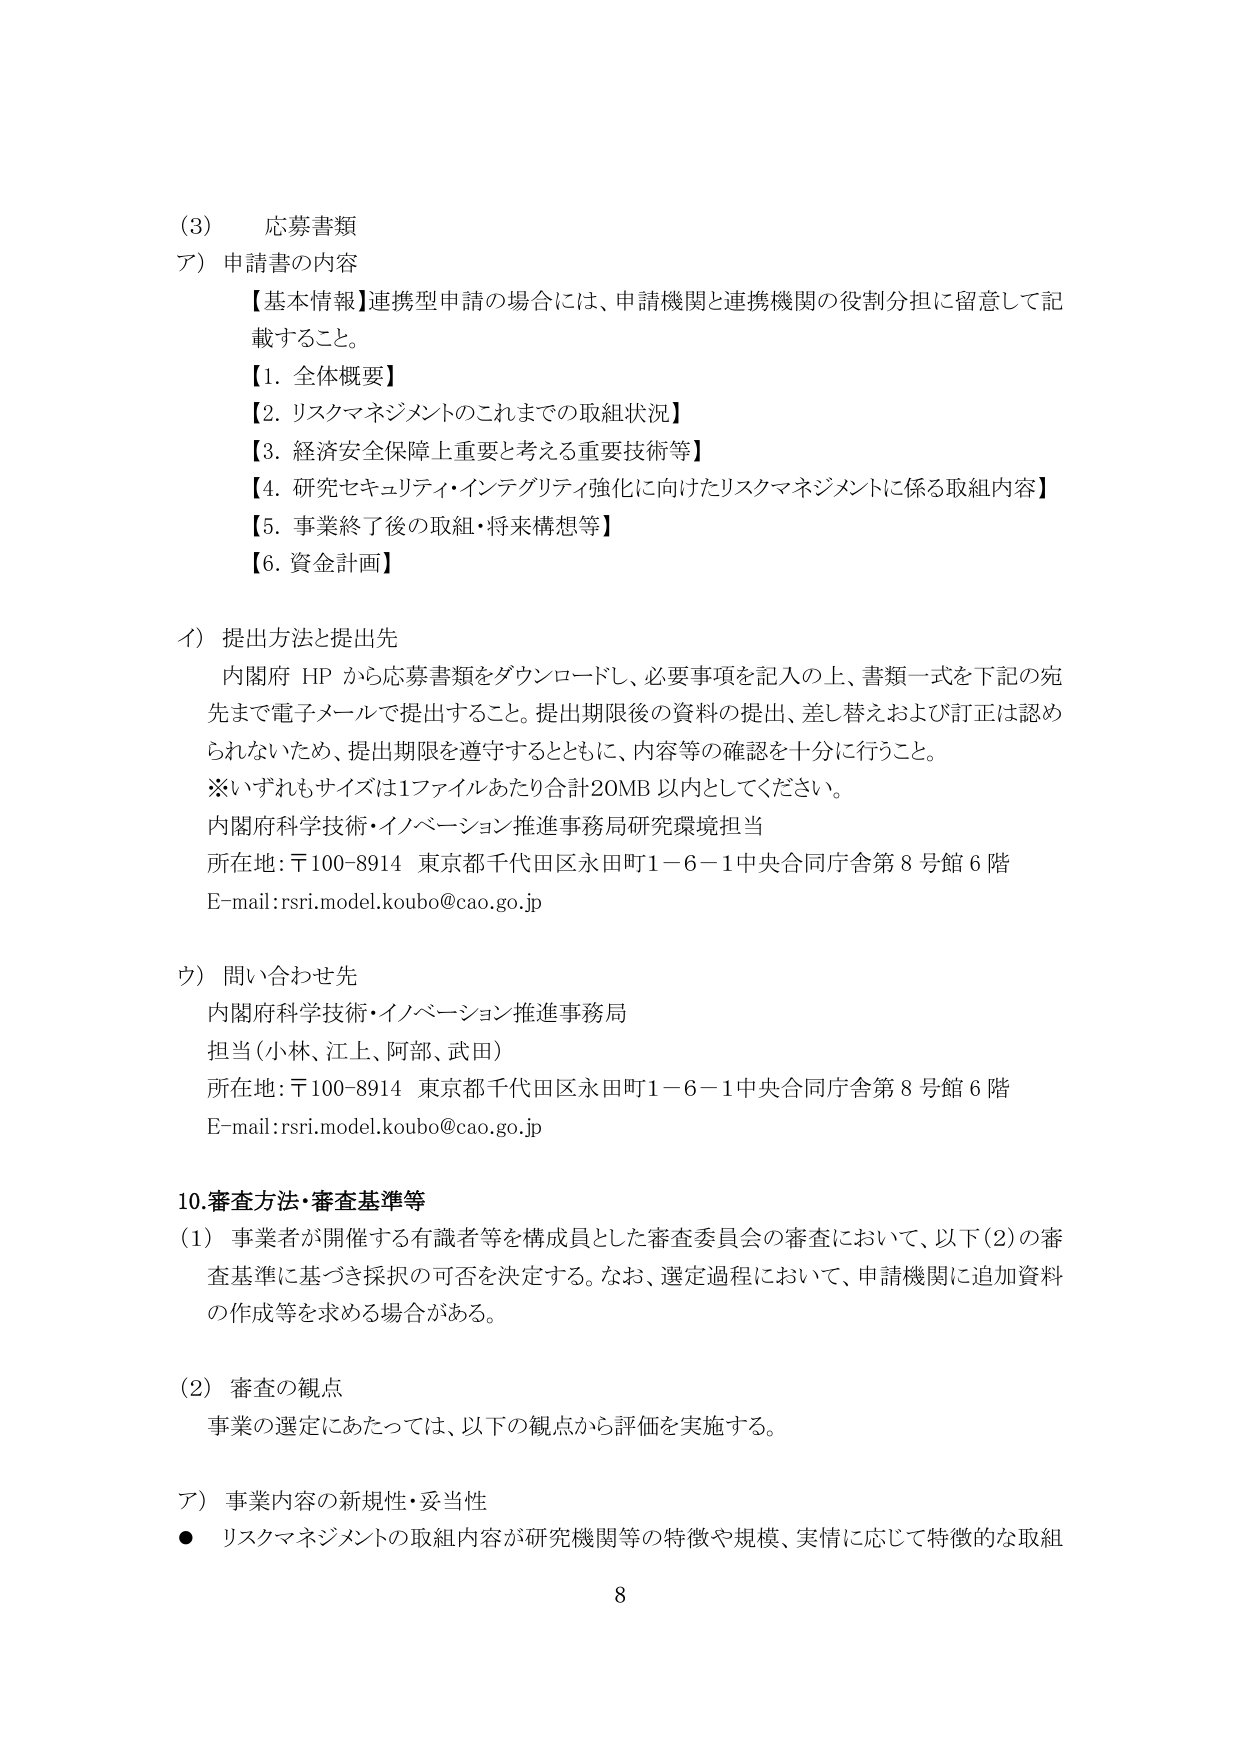
(3) 応募書類
ア) 申請書の内容
【基本情報】連携型申請の場合には、申請機関と連携機関の役割分担に留意して記載すること。
【1. 全体概要】
【2. リスクマネジメントのこれまでの取組状況】
【3. 経済安全保障上重要と考える重要技術等】
【4. 研究セキュリティ・インテグリティ強化に向けたリスクマネジメントに係る取組内容】
【5. 事業終了後の取組・将来構想等】
【6. 資金計画】

イ) 提出方法と提出先
内閣府 HP から応募書類をダウンロードし、必要事項を記入の上、書類一式を下記の宛先まで電子メールで提出すること。提出期限後の資料の提出、差し替えおよび訂正は認められないため、提出期限を遵守するとともに、内容等の確認を十分に行うこと。
※いずれもサイズは1ファイルあたり合計20MB以内としてください。
内閣府科学技術・イノベーション推進事務局研究環境担当
所在地：〒100-8914 東京都千代田区永田町1－6－1中央合同庁舎第8号館6階
E-mail：rsri.model.koubo@cao.go.jp

ウ) 問い合わせ先
内閣府科学技術・イノベーション推進事務局
担当（小林、江上、阿部、武田）
所在地：〒100-8914 東京都千代田区永田町1－6－1中央合同庁舎第8号館6階
E-mail：rsri.model.koubo@cao.go.jp

10. 審査方法・審査基準等
(1) 事業者が開催する有識者等を構成員とした審査委員会の審査において、以下(2)の審査基準に基づき採択の可否を決定する。なお、選定過程において、申請機関に追加資料の作成等を求める場合がある。

(2) 審査の観点
事業の選定にあたっては、以下の観点から評価を実施する。

ア) 事業内容の新規性・妥当性
● リスクマネジメントの取組内容が研究機関等の特徴や規模、実情に応じて特徴的な取組

8